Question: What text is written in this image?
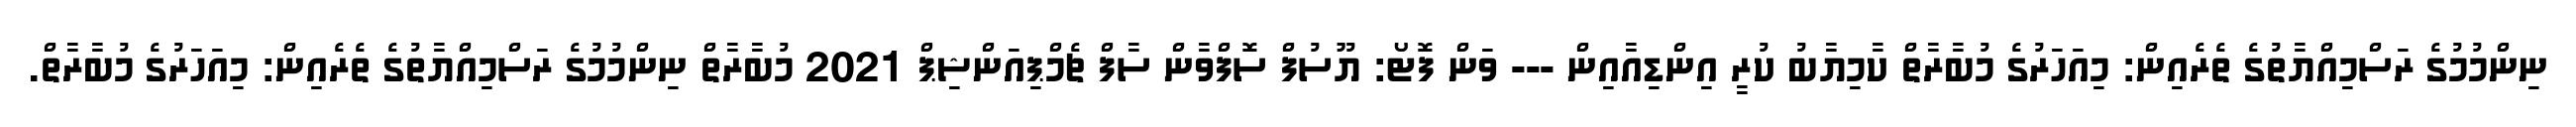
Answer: ނިންމުމުގެ ރަސްމިއްޔާތުގެ ތެރެއިން: މިއަހަރުގެ މުބާރާތް ކާމިޔާބު ކުރީ އިންޑިއާއިން --- ވަން ފޮޓޯ: ޔޫސުފް ސޮފްވާން ސާފް ޗެމްޕިއަންޝިޕް 2021 މުބާރާތް ނިންމުމުގެ ރަސްމިއްޔާތުގެ ތެރެއިން: މިއަހަރުގެ މުބާރާތް.